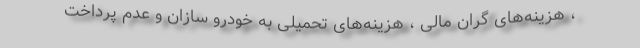
، هزینه‌های گران مالی ، هزینه‌های تحمیلی به خودرو سازان و عدم پرداخت